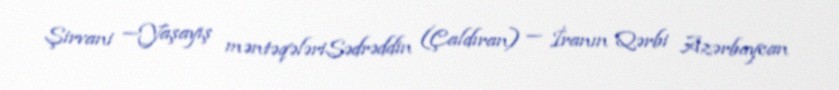
Şirvani —Yaşayış məntəqələriSədrəddin (Çaldıran) — İranın Qərbi Azərbaycan